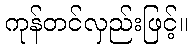
ကုန်တင်လှည်းဖြင့်။